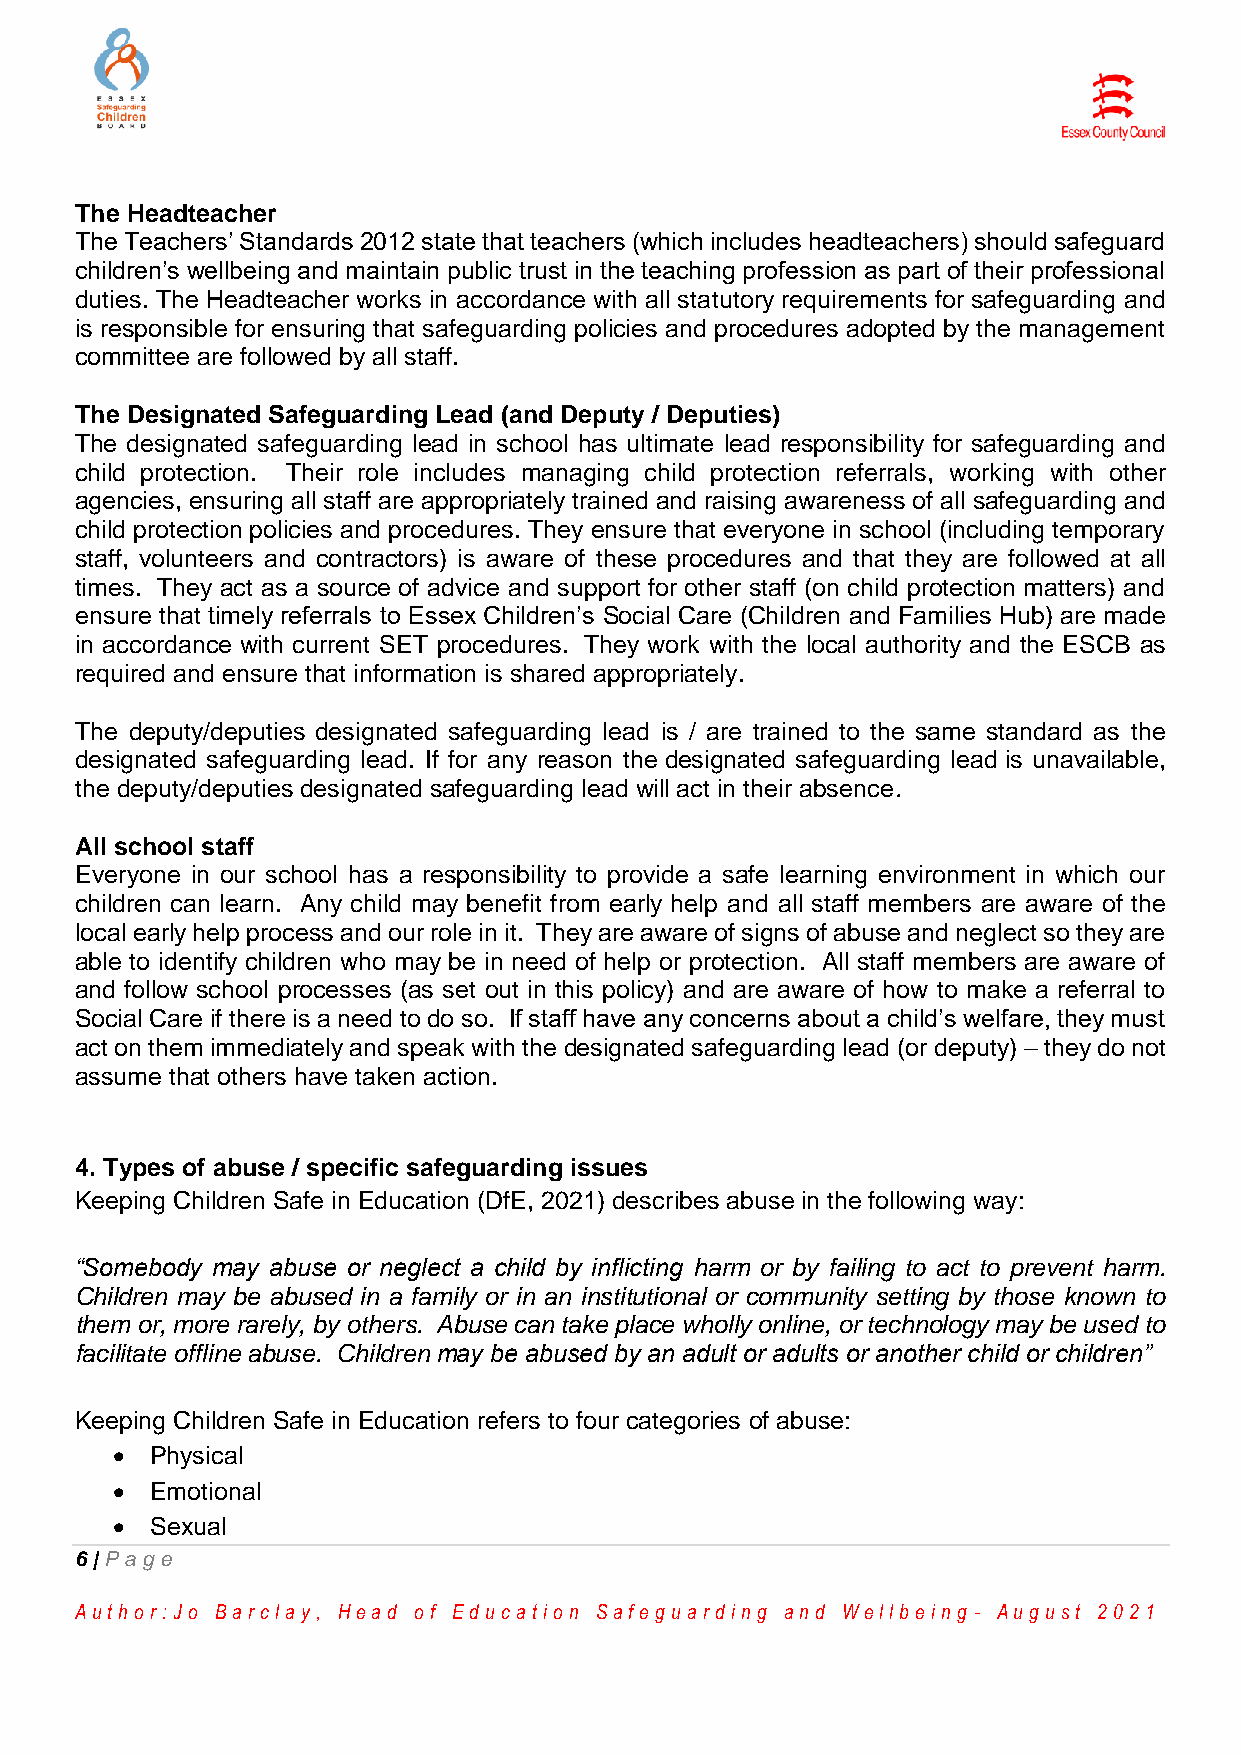
The Headteacher
 The Teachers’ Standards 2012 state that teachers (which includes headteachers) should safeguard
 children’s wellbeing and maintain public trust in the teaching profession as part of their professional
 duties. The Headteacher works in accordance with all statutory requirements for safeguarding and
 is responsible for ensuring that safeguarding policies and procedures adopted by the management
 committee are followed by all staff.
 The Designated Safeguarding Lead (and Deputy / Deputies)
 The designated safeguarding lead in school has ultimate lead responsibility for safeguarding and
 child protection. Their role includes managing child protection referrals, working with other
 agencies, ensuring all staff are appropriately trained and raising awareness of all safeguarding and
 child protection policies and procedures. They ensure that everyone in school (including temporary
 staff, volunteers and contractors) is aware of these procedures and that they are followed at all
 times. They act as a source of advice and support for other staff (on child protection matters) and
 ensure that timely referrals to Essex Children’s Social Care (Children and Families Hub) are made
 in accordance with current SET procedures. They work with the local authority and the ESCB as
 required and ensure that information is shared appropriately.
 The deputy/deputies designated safeguarding lead is / are trained to the same standard as the
 designated safeguarding lead. If for any reason the designated safeguarding lead is unavailable,
 the deputy/deputies designated safeguarding lead will act in their absence.
 All school staff
 Everyone in our school has a responsibility to provide a safe learning environment in which our
 children can learn. Any child may benefit from early help and all staff members are aware of the
 local early help process and our role in it. They are aware of signs of abuse and neglect so they are
 able to identify children who may be in need of help or protection. All staff members are aware of
 and follow school processes (as set out in this policy) and are aware of how to make a referral to
 Social Care if there is a need to do so. If staff have any concerns about a child’s welfare, they must
 act on them immediately and speak with the designated safeguarding lead (or deputy) – they do not
 assume that others have taken action.
 4. Types of abuse / specific safeguarding issues
 Keeping Children Safe in Education (DfE, 2021) describes abuse in the following way:
 “Somebody may abuse or neglect a child by inflicting harm or by failing to act to prevent harm.
 Children may be abused in a family or in an institutional or community setting by those known to
 them or, more rarely, by others. Abuse can take place wholly online, or technology may be used to
 facilitate offline abuse. Children may be abused by an adult or adults or another child or children”
 Keeping Children Safe in Education refers to four categories of abuse:
   Physical
   Emotional
   Sexual
 6 | Pag e
 Au th o r :Jo Ba r cla y, He a d o f Ed u ca tio n Sa fe g u a r d in g a n d We llb e in g - Au g u st 2 0 2 1